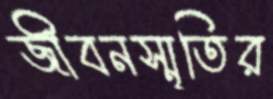
জীবনস্মৃতির